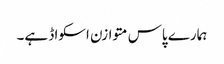
ہمارے پاس متوازن اسکواڈ ہے۔